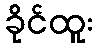
ခိုင်ထူး